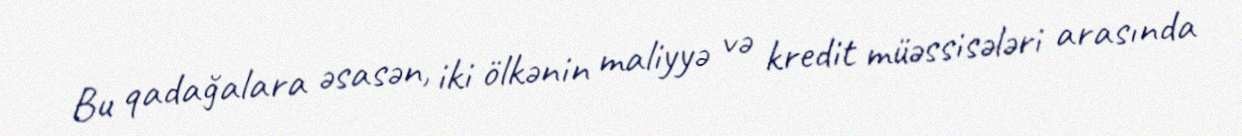
Bu qadağalara əsasən, iki ölkənin maliyyə və kredit müəssisələri arasında